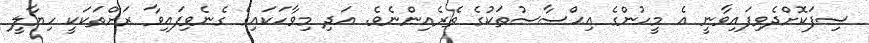
ސިފަކޮށްދެވިފައިވާނީ އެ މީހުންގެ އިޙްސާސުތަކުގެ ތެރެއިންނެވެ. އަދި މިވާހަކައިގެ ގެނެވިފައިވާ ރަށްތަކަކީ ހިޔާލީ